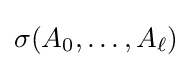
\sigma (A_{0},\dots ,A_{\ell })